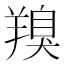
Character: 䍹